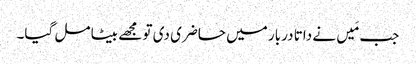
جب مَیں نے داتا دربار میں حاضری دی تو مجھے بیٹا مل گیا۔